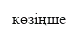
көзіңше